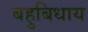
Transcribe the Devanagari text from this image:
बहुबिधाय